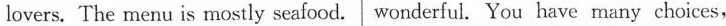
lovers. The menu is mostly seafood. wonderful. You have many choices,